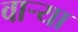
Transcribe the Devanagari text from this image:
वार्‍या